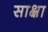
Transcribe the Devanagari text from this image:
साक्षा